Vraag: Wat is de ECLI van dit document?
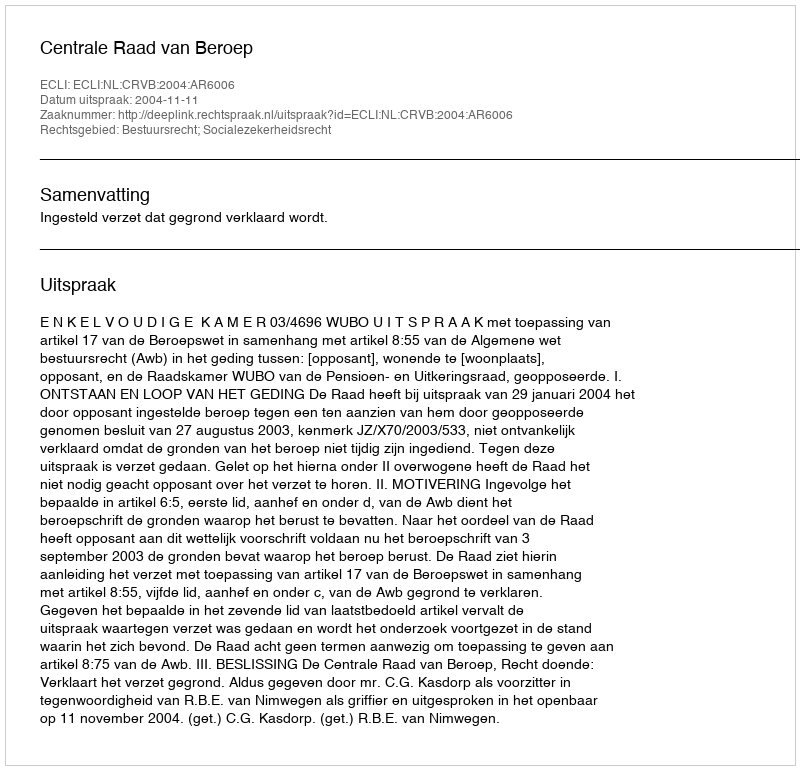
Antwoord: ECLI:NL:CRVB:2004:AR6006